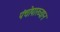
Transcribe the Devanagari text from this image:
पंचोपाख्यान